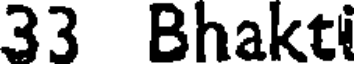
33 Bhakti